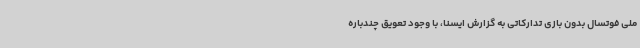
ملی فوتسال بدون بازی تدارکاتی به گزارش ایسنا، با وجود تعویق چندباره